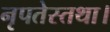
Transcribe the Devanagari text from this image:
नृपतेस्तथा।